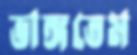
ভাঙ্গতেম